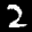
Label: 2